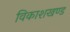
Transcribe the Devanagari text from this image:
विकाशखण्ड